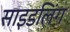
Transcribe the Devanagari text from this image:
साइडलिंग